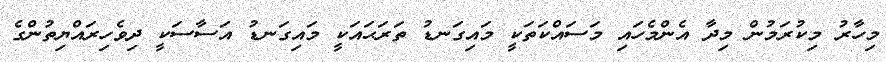
މިހާރު މިކުރަމުން މިދާ އެންމެހައި މަސައްކަތަކީ މައިގަނޑު ތަރަޙައަކީ މައިގަނޑު އަސާސަކީ ދިވެހިރައްޔިތުންގެ